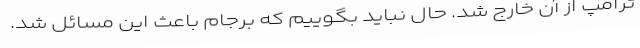
ترامپ از آن خارج شد. حال نباید بگوییم که برجام باعث این مسائل شد.